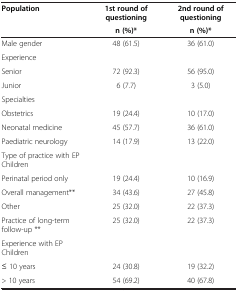
| <ROWSPAN=2> Population | 1st round of questioning | 2nd round of questioning |
 | n (%)* | n (%)* |
 | --- | --- | --- |
 | Male gender | 48 (61.5) | 36 (61.0) |
 | Experience |  |  |
 | Senior | 72 (92.3) | 56 (95.0) |
 | Junior | 6 (7.7) | 3 (5.0) |
 | Specialties |  |  |
 | Obstetrics | 19 (24.4) | 10 (17.0) |
 | Neonatal medicine | 45 (57.7) | 36 (61.0) |
 | Paediatric neurology | 14 (17.9) | 13 (22.0) |
 | Type of practice with EP Children |  |  |
 | Perinatal period only | 19 (24.4) | 10 (16.9) |
 | Overall management** | 34 (43.6) | 27 (45.8) |
 | Other | 25 (32.0) | 22 (37.3) |
 | Practice of long-term follow-up ** | 25 (32.0) | 22 (37.3) |
 | Experience with EP Children |  |  |
 | ≤ 10 years | 24 (30.8) | 19 (32.2) |
 | > 10 years | 54 (69.2) | 40 (67.8) |